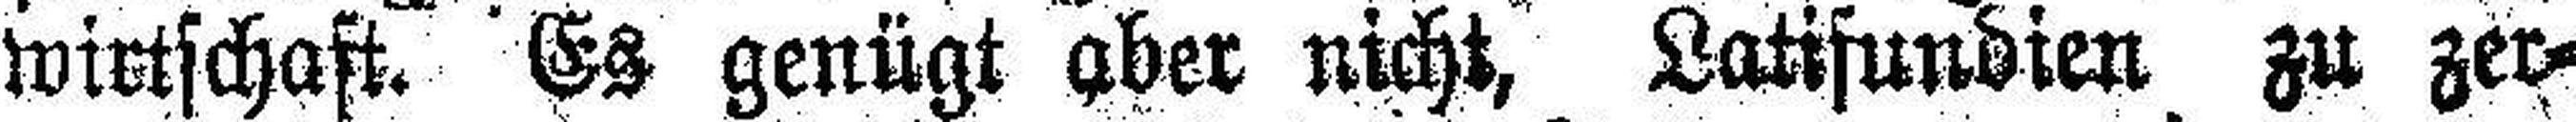
wirtschaft. Es genügt aber nicht, Latifundien zu zer¬